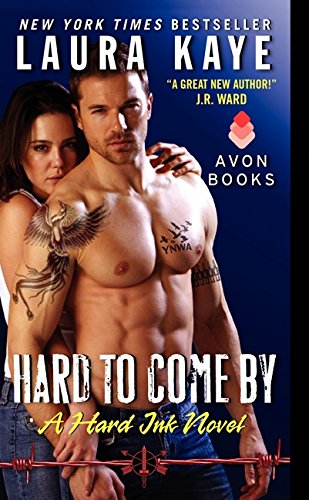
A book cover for Hard to Come By: A Hard Ink Novel; Laura Kaye; Romance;